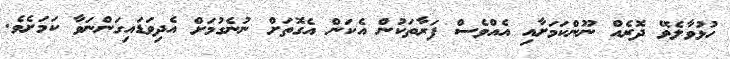
ހުޅުވާލެވޭ ދޮރެއް ނޫންކަމަށާއި އެއްވެސް ފަރާތަކުން އެކަން އެގޮތަށް ނުނެގުމަށް އެދިވަޑައިގަންނަވާ ކަމަށެވެ.